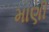
માણી